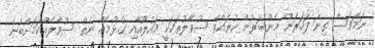
ނަމަވެސް ގިނަ ފަހަރަށް މެންބަރުން ކުރައްވާ ސުވާލުތަކަކީ މައުލޫއާއި ގުޅުމެއް ނެތް ސުވާލެއްކަމަށްބުނެ